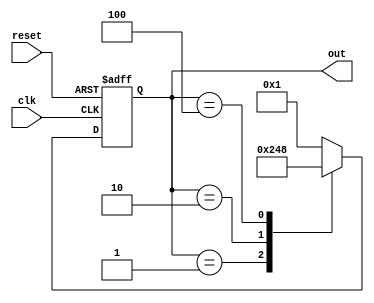
module johnson_counter(
    input wire clk, // Clock input
    input wire reset, // Reset input
    output reg [3:0] out // Output of the counter
);

reg [3:0] q; // Register to hold the current state
reg [3:0] next_state; // Register to hold the next state

always @ (posedge clk or posedge reset) begin
    if (reset) begin
        q <= 4'b0001; // Reset the counter to initial state
    end else begin
        q <= next_state; // Update current state with next state
    end
end

always @* begin
    case(q)
        4'b0001: next_state = 4'b0010;
        4'b0010: next_state = 4'b0100;
        4'b0100: next_state = 4'b1000;
        4'b1000: next_state = 4'b0001;
        default: next_state = 4'b0001; // Default case, should never happen
    endcase
end

assign out = q; // Assign current state to output

endmodule